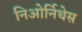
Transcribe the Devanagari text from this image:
निओर्निथेस